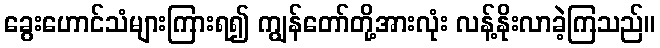
ခွေးဟောင်သံများကြားရ၍ ကျွန်တော်တို့အားလုံး လန့်နိုးလာခဲ့ကြသည်။